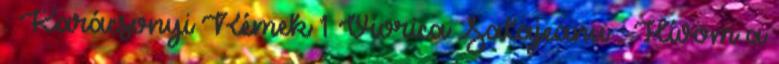
: Karácsonyi Rémek 1 Viorica Salajeanu : Hívom a